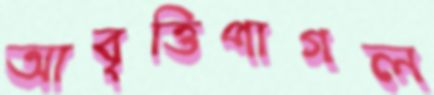
আবৃত্তিপাগল